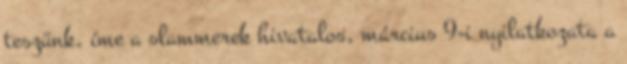
teszünk, íme a slammerek hivatalos, március 9-i nyilatkozata a